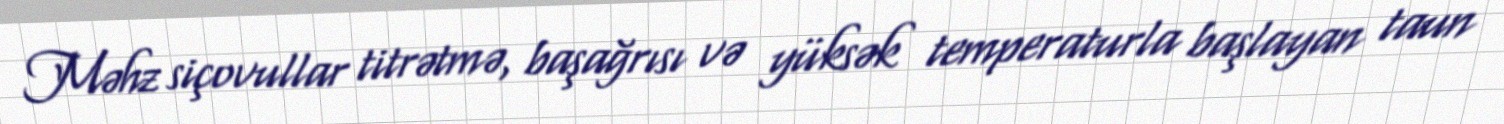
Məhz siçovullar titrətmə, başağrısı və yüksək temperaturla başlayan taun